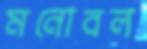
মনোবল